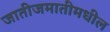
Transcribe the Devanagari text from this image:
जातीजमातीमधील